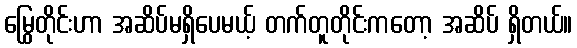
မြွေတိုင်းဟာ အဆိပ်မရှိပေမယ့် တက်တူတိုင်းကတော့ အဆိပ် ရှိတယ်။